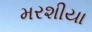
મરશીયા